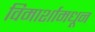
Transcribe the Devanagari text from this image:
विमार्शामधून